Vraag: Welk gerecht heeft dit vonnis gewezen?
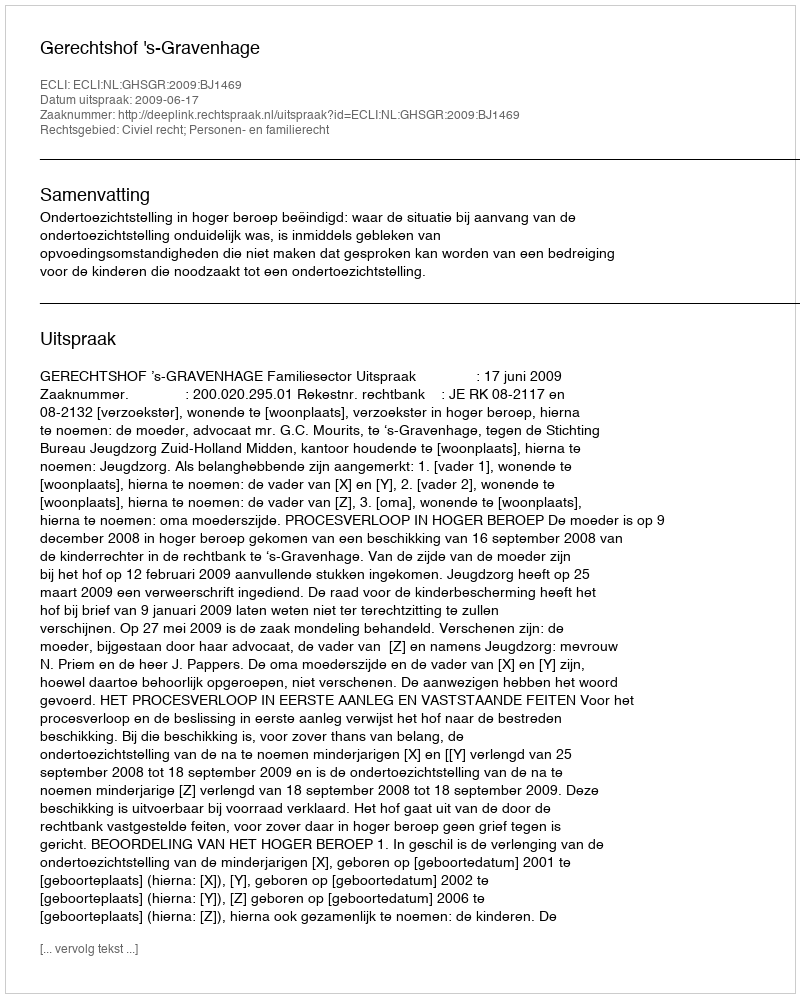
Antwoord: Gerechtshof 's-Gravenhage